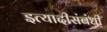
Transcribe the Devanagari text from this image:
इत्यादीसंबंधी